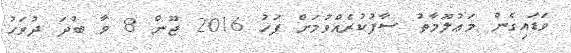
ވަޑައިގެން މަޢުލޫމާތު ސާފުކުރެއްވުމަށް ފަހު 2016 ޖޫން 8 ވާ ބުދަ ދުވަހު